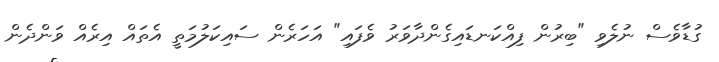
ގުޑާވެސް ނުލެވި "ބިރުން ފިއްކަނޑައިގެންދާވަރު ވެފައި" އަހަރެން ސައިކަލުމަތީ އެތައް އިރެއް ވަންދެން